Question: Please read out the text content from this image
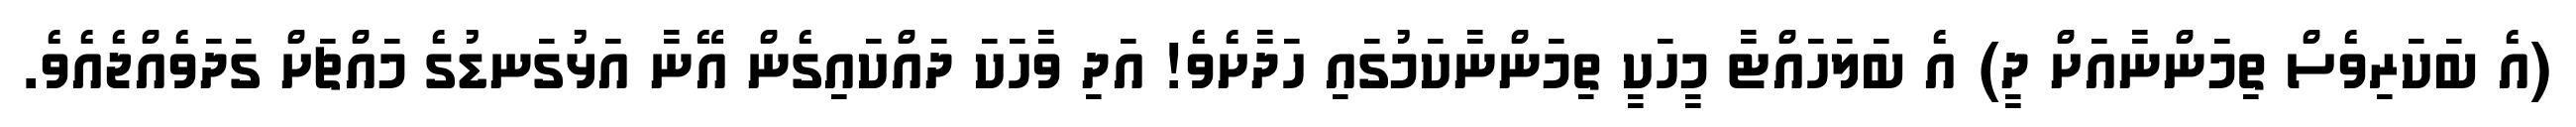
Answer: (އެ ބަކަރިވެސް ތިމަންނާއަށް ދީ) އެ ބަލަހައްޓާ މީހަކީ ތިމަންނާކަމުގައި ހަދާށެވެ! އަދި ވާހަކަ ދައްކައިގެން އޭނާ އަޅުގަނޑުގެ މައްޗަށް ގަދަވެއްޖެއެވެ.